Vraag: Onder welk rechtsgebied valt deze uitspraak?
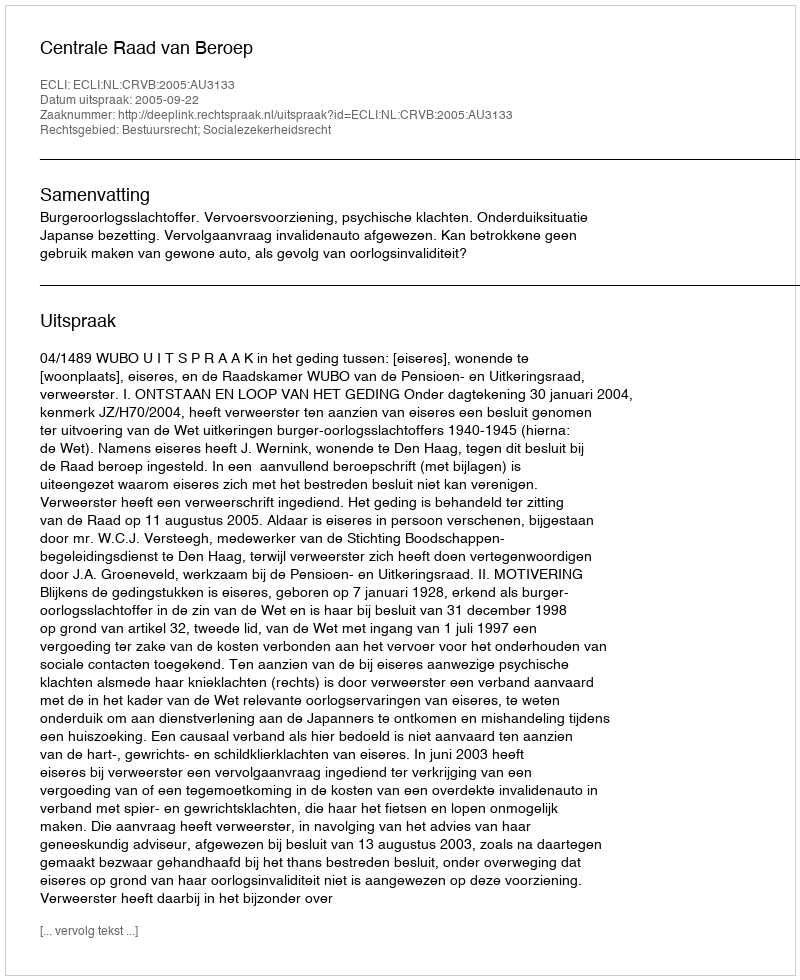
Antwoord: Bestuursrecht; Socialezekerheidsrecht